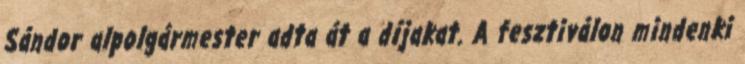
Sándor alpolgármester adta át a díjakat. A fesztiválon mindenki